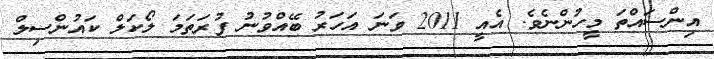
އިންސައްތަ މީހުންނެވެ. އެއީ 2011 ވަނަ އަހަރު ބޭއްވުނު ފުރަތަމަ ލޯކަލް ކައުންސިލް